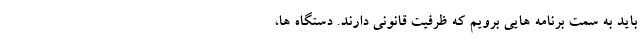
باید به سمت برنامه‌ هایی برویم که ظرفیت قانونی دارند. دستگاه‌ ها،